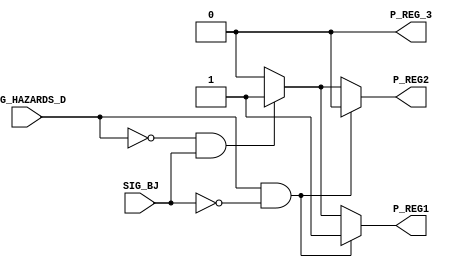

`timescale 1ns/100ps

 /*______________________________________________________________________________
  |                                                                              |
  |  File Name         -pipeline_flush.v                                         |
  |  Created By        -Group1(E17)                                              |
  |  Project/ Course   -CO502                                                    |
  |  Institute         -University of peradeniya                                 |
  |  Date              -05.04.2023                                               |
  |  Discription       -Pipeline flush                                           |
  |______________________________________________________________________________|
  
*/

module pipeline_flush(SIG_HAZARDS_D ,SIG_BJ,P_REG1,P_REG2,P_REG_3);

    input SIG_HAZARDS_D,SIG_BJ;
    
    output reg P_REG1,P_REG2,P_REG_3;

    always @ (*) 
    begin
    
        if (SIG_HAZARDS_D ==1'b1 && SIG_BJ==1'b0 )
            begin

             
                P_REG1 =1'b1;
                P_REG2=1'b0;
                P_REG_3=1'b0;
            
                
            end

        
        else if (SIG_HAZARDS_D ==1'b0 && SIG_BJ==1'b1 )
            begin
                P_REG1 =1'b1;
                P_REG2=1'b1;
                P_REG_3=1'b0;
                
            end
        else
            begin
                P_REG1 =1'b0;
                P_REG2=1'b0;
                P_REG_3=1'b0;
             end
        
               
    end
    
endmodule